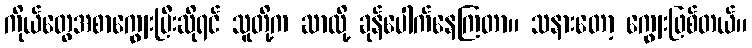
ကိုယ်တွေအစာကျွေးပြီးဆိုရင် သူတို့က ဆာလို့ ခုန်ပေါက်နေကြတာ။ သနားတော့ ကျွေးဖြစ်တယ်။